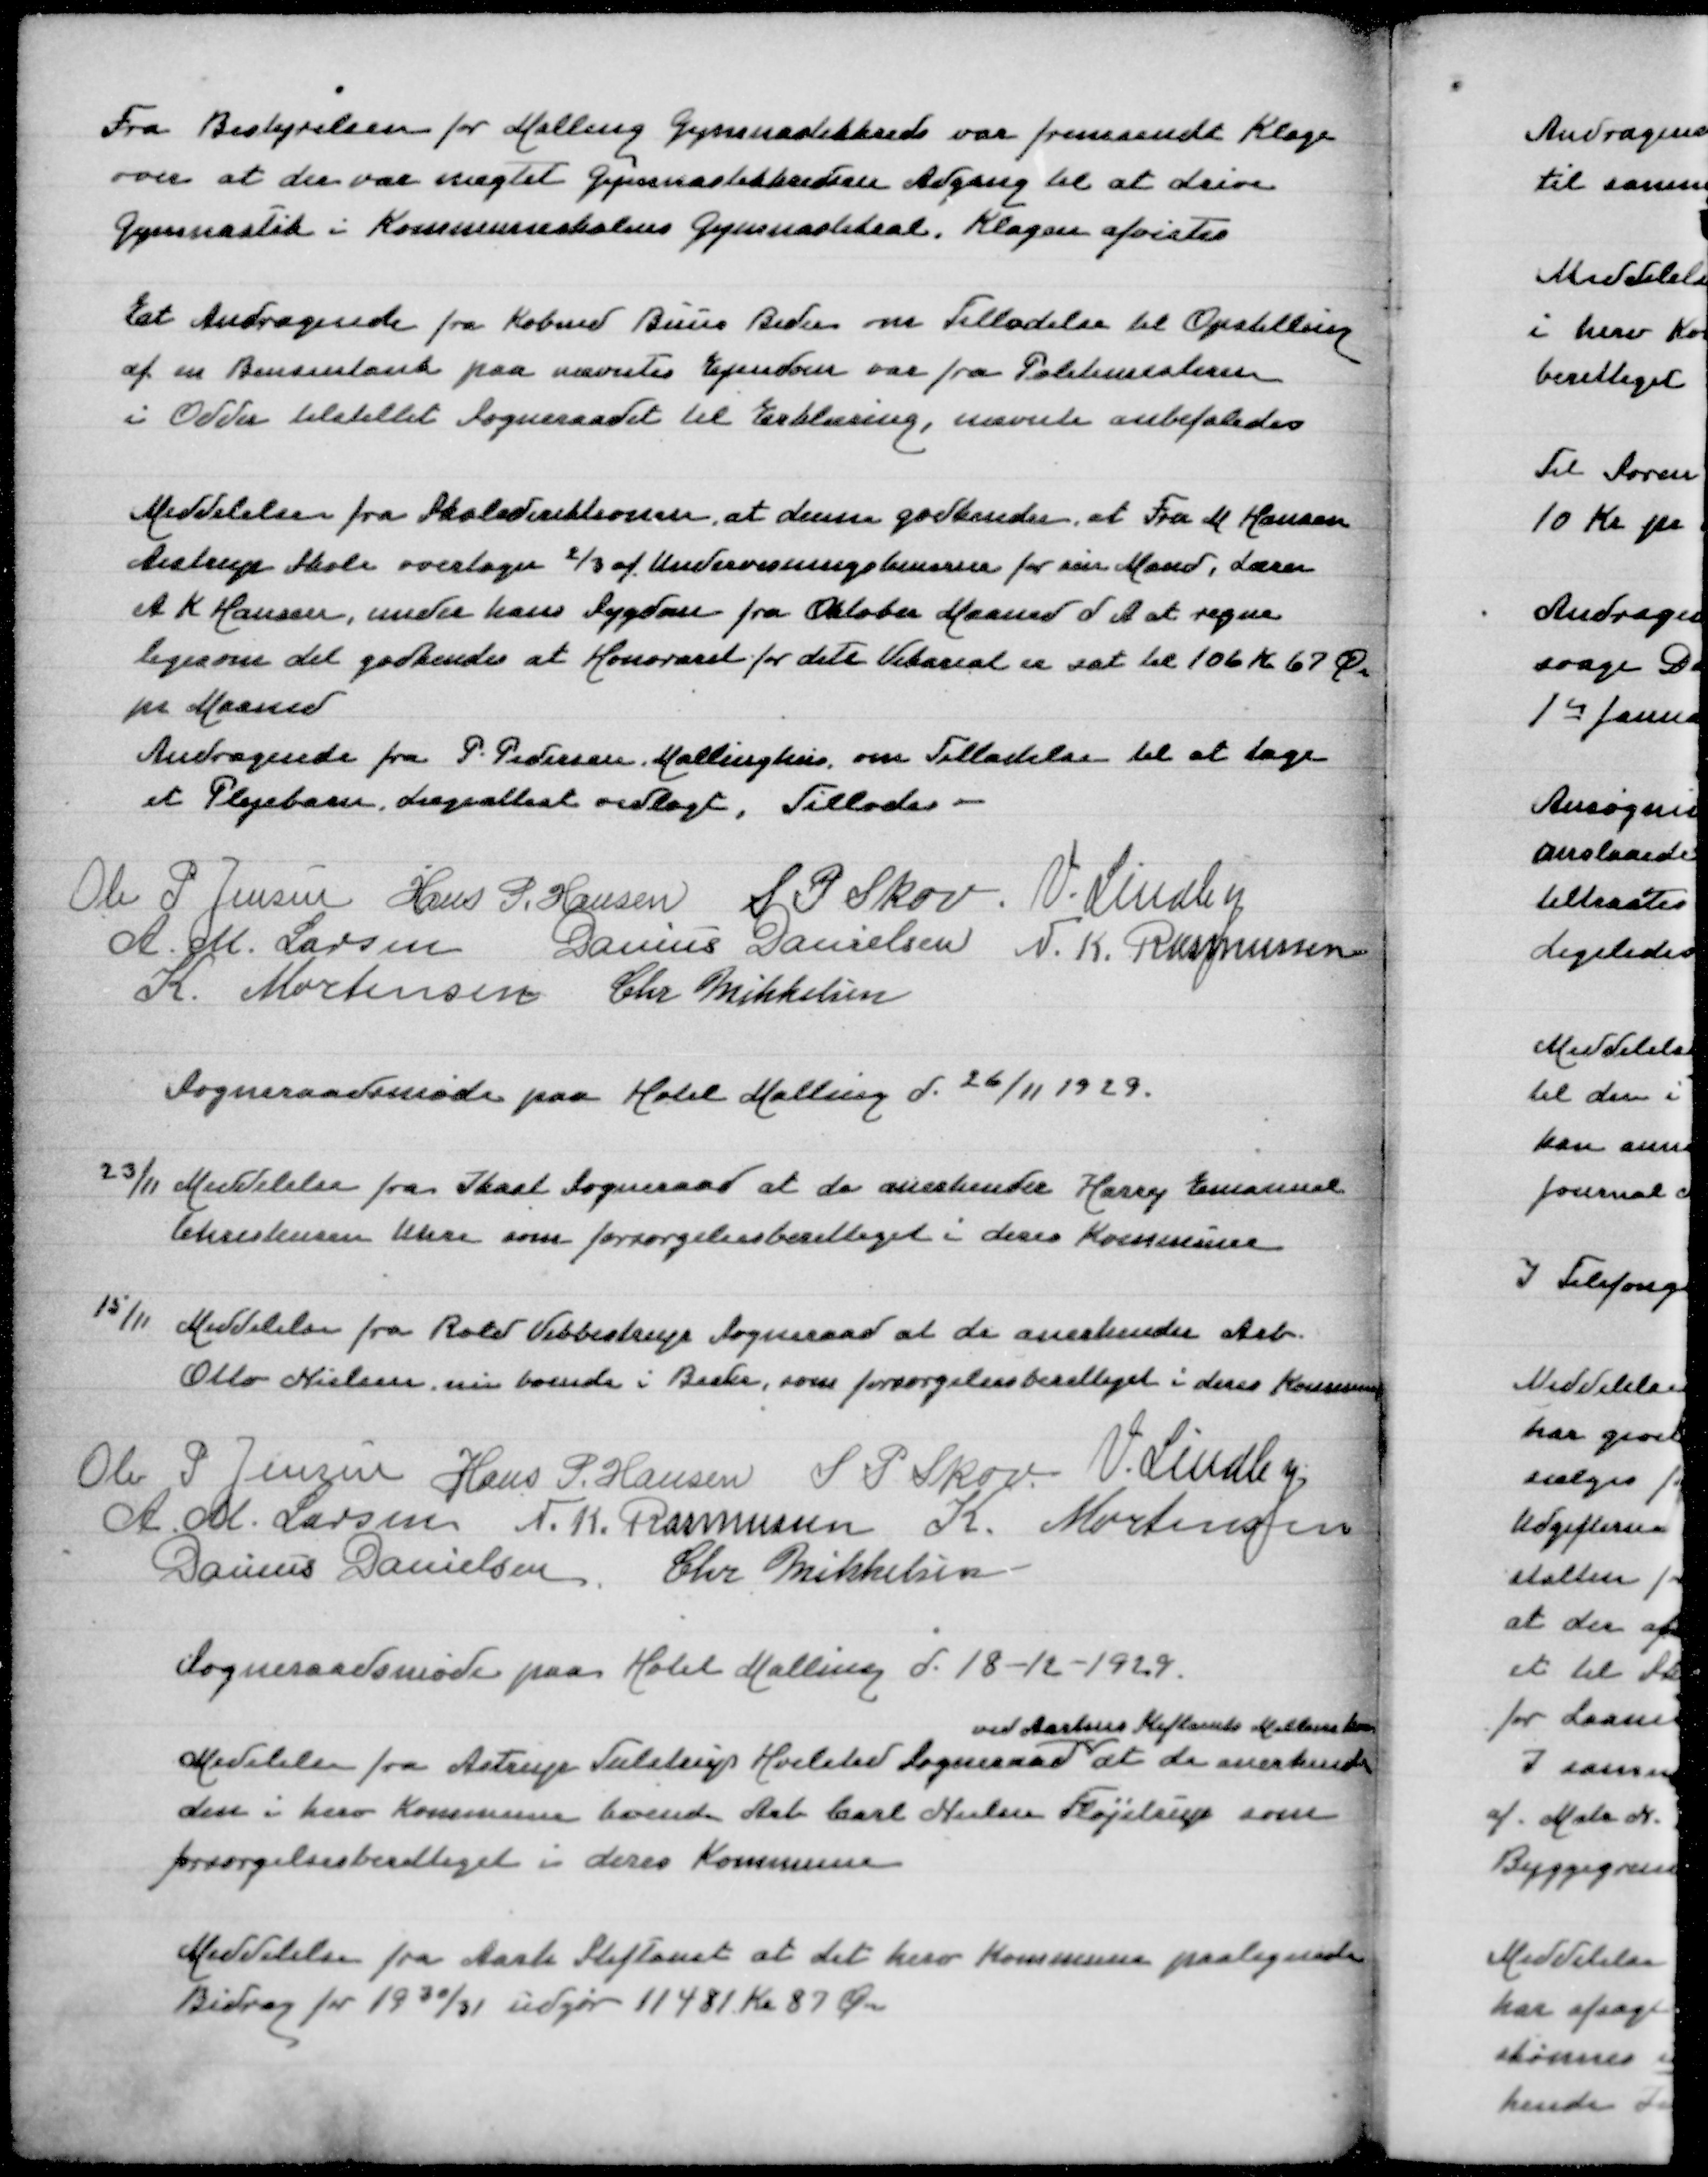
Transskription:
Fra Bestyrelen for Malling Gymnastikkreds var fremsendt Klage
over at der var nægtet Gymnastikkredsen Adgang til at drive
Gymnastik i Kommuneskolens Gymnastiksal. Klagen afvistes

Et Andragende fra Købmd Buus Beder om Tilladelse til Opstilling
af en Bensintank paa nævntes Ejendom fra fra Politimesteren
i Odder tilstillet Sogneraadet til Erklæring, nævnte anbefaledes

Meddelelse fra Skoledirektioen, at denne godkender, at Fru M Hansen
Aistrup Skole overtager 2/3 af Undervisningstimerne for sin Mand, Lærer
A K Hansen, under hans Sygdom fra Oktober Maaned d A at regne
ligesom det godkendes at Honoraret for dette Vikariat er sat til 106 Kr 67 Øre
pr Maaned
Andragende fra P Pedersen, Mallinghus, om Tilladelse til at tage
et Plejebarn, Lægeattest vedlagt, Tillades

Ole P Jensen
Hans P Hansen
S P Skov
V Lindby
A M Larsen
Danius Danielsen
N K Rasmussen
K Mortensen
Chr Mikkelsen

Sogneraadsmøde paa Hotel Malling d 26/11 1929

23/11 Meddelelse fra Ikast Sogneraad at de anerkender Harry Emanuel
Christensen Uhre som forsørgelsesberettiget i deres Kommune

15/11 Meddelelse fra Rold Vebbestrup Sogneraad at de anerkender Arb
Otto Nielsen, nu boende i Beder, som forsørgelsesberettiget i deres Kommune

Ole P Jensen
Hans P Hansen
S P Skov
V Lindby
A M Larsen
N K Rasmussen
K Mortensen
Danius Danielsen
Chr Mikkelsen

Sogneraadsmøde paa Hotel Malling d 18-12-1929

ved Aarhus Stiftamts Mellemkomst
Meddelelse fra Astrup Tulstrup Hvilsted Sogneraad at de anerkender
den i herv Kommune boende Arb Carl Nielsen Fløjstrup som
forsørgelsesberettiget i deres Kommune

Meddelelse fra Aarhus Stiftamt at der herv Kommune paalignede
Bidrag for 1930/31 udgør 11481 Kr 87 Øre